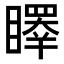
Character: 𥋭